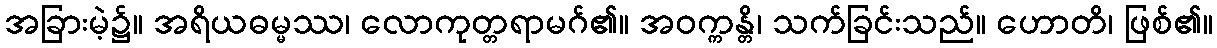
အခြားမဲ့၌။ အရိယဓမ္မဿ၊ လောကုတ္တရာမဂ်၏။ အဝက္ကန္တိ၊ သက်ခြင်းသည်။ ဟောတိ၊ ဖြစ်၏။